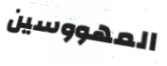
المهووسين